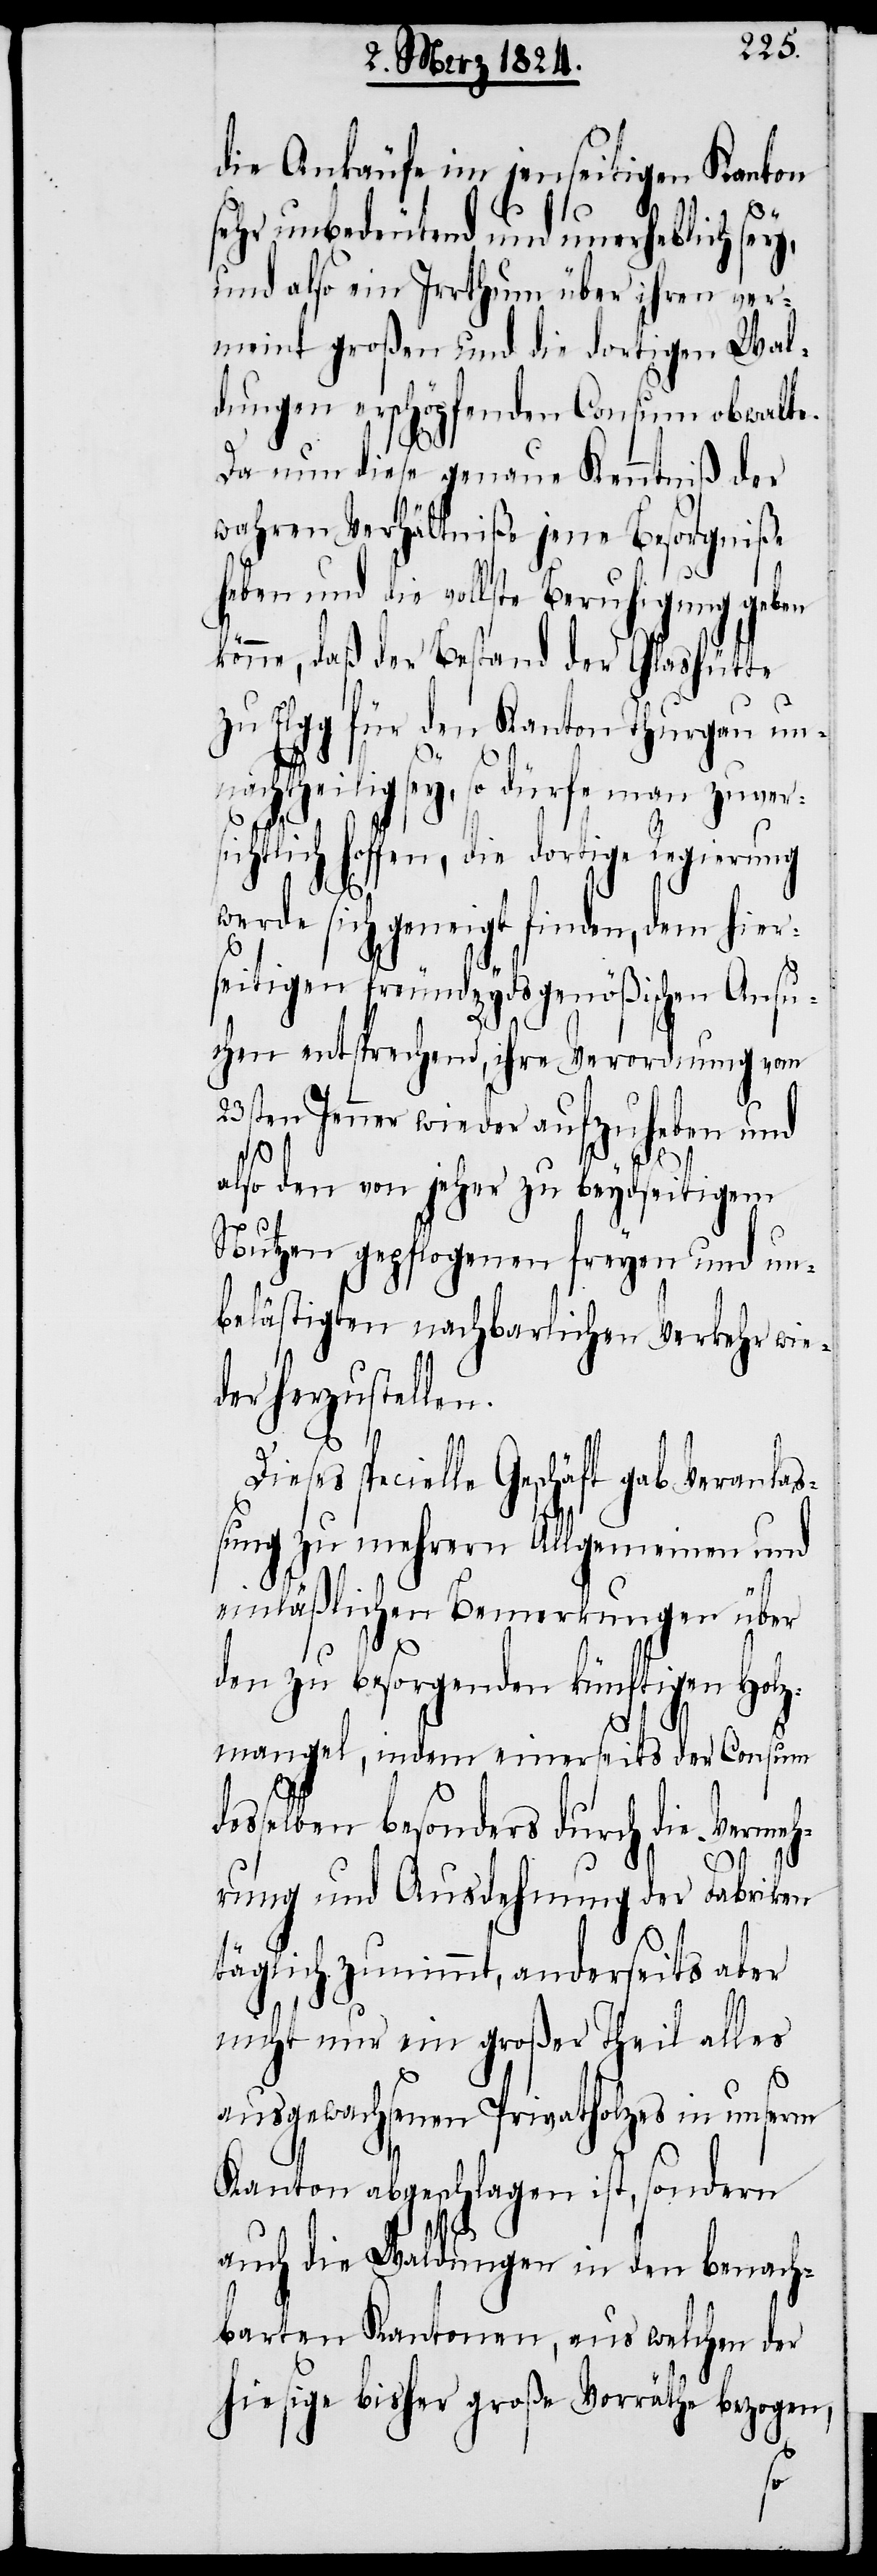
die Ankäufe im jenseitigen Kanton
sehr unbedeutend und unerheblich sey,
und also ein Irrthum über ihren ver¬
meint großen und die dortigen Wal¬
dungen erschöpfenden Consum obwalte.
Da nun diese genaue Kenntniß der
wahren Verhältniße jene Besorgniße
haben und die vollste Beruhigung geben
könne, daß der Bestand der Glashütte
zu Elgg für den Kanton Thurgau un¬
nachtheilig sey, so dürfe man zuver¬
sichtlich hoffen, die dortige Regierung
werde sich geneigt finden, dem hier¬
seitigen freundseydsgenößischen Ansu¬
chen entsprechend, ihre Verordnung vom
23sten Jenner wieder aufzuheben und
also den von jeher zu beydseitigem
Nutzen gepflogenen freyen und un¬
belästigten nachbarlichen Verkehr wie¬
der herzustellen.
ieses specielle Geschäft gab Veranlaß¬
ung zu mehrern Allgemeinen und
einläßlichen Bemerkungen über
den zu besorgenden künftigen Holz¬
mangel, indem einerseits der Consum
esselben besonders durch die Vermeh¬
rung und Ausdehnung der Fabriken
täglich zunimmt, anderseits aber
nicht nur ein großer Theil alles
ausgewachsenen Privatholzes in unserm
Kanton abgeschlagen ist, sondern
auch die Waldungen in den benach¬
barten Kantonen, aus welchen der
hiesige bisher große Vorräthe bezogen,
d¬